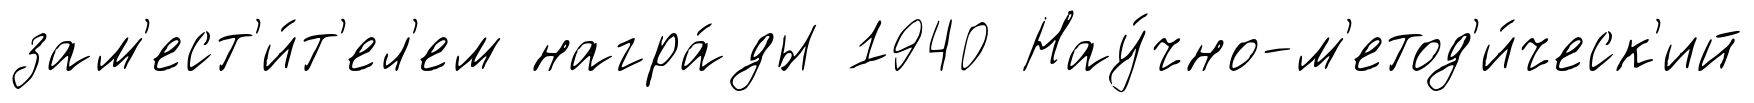
зам'ест'и́т'ел'ем награ́ды 1940 Нау́чно-м'етод'и́ческ'ий